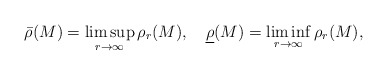
\begin{align*}\bar{\rho}(M) = \limsup_{r\to\infty} \rho_r(M), \ \ \ \underline{\rho}(M) = \liminf_{r\to\infty} \rho_r(M),\end{align*}